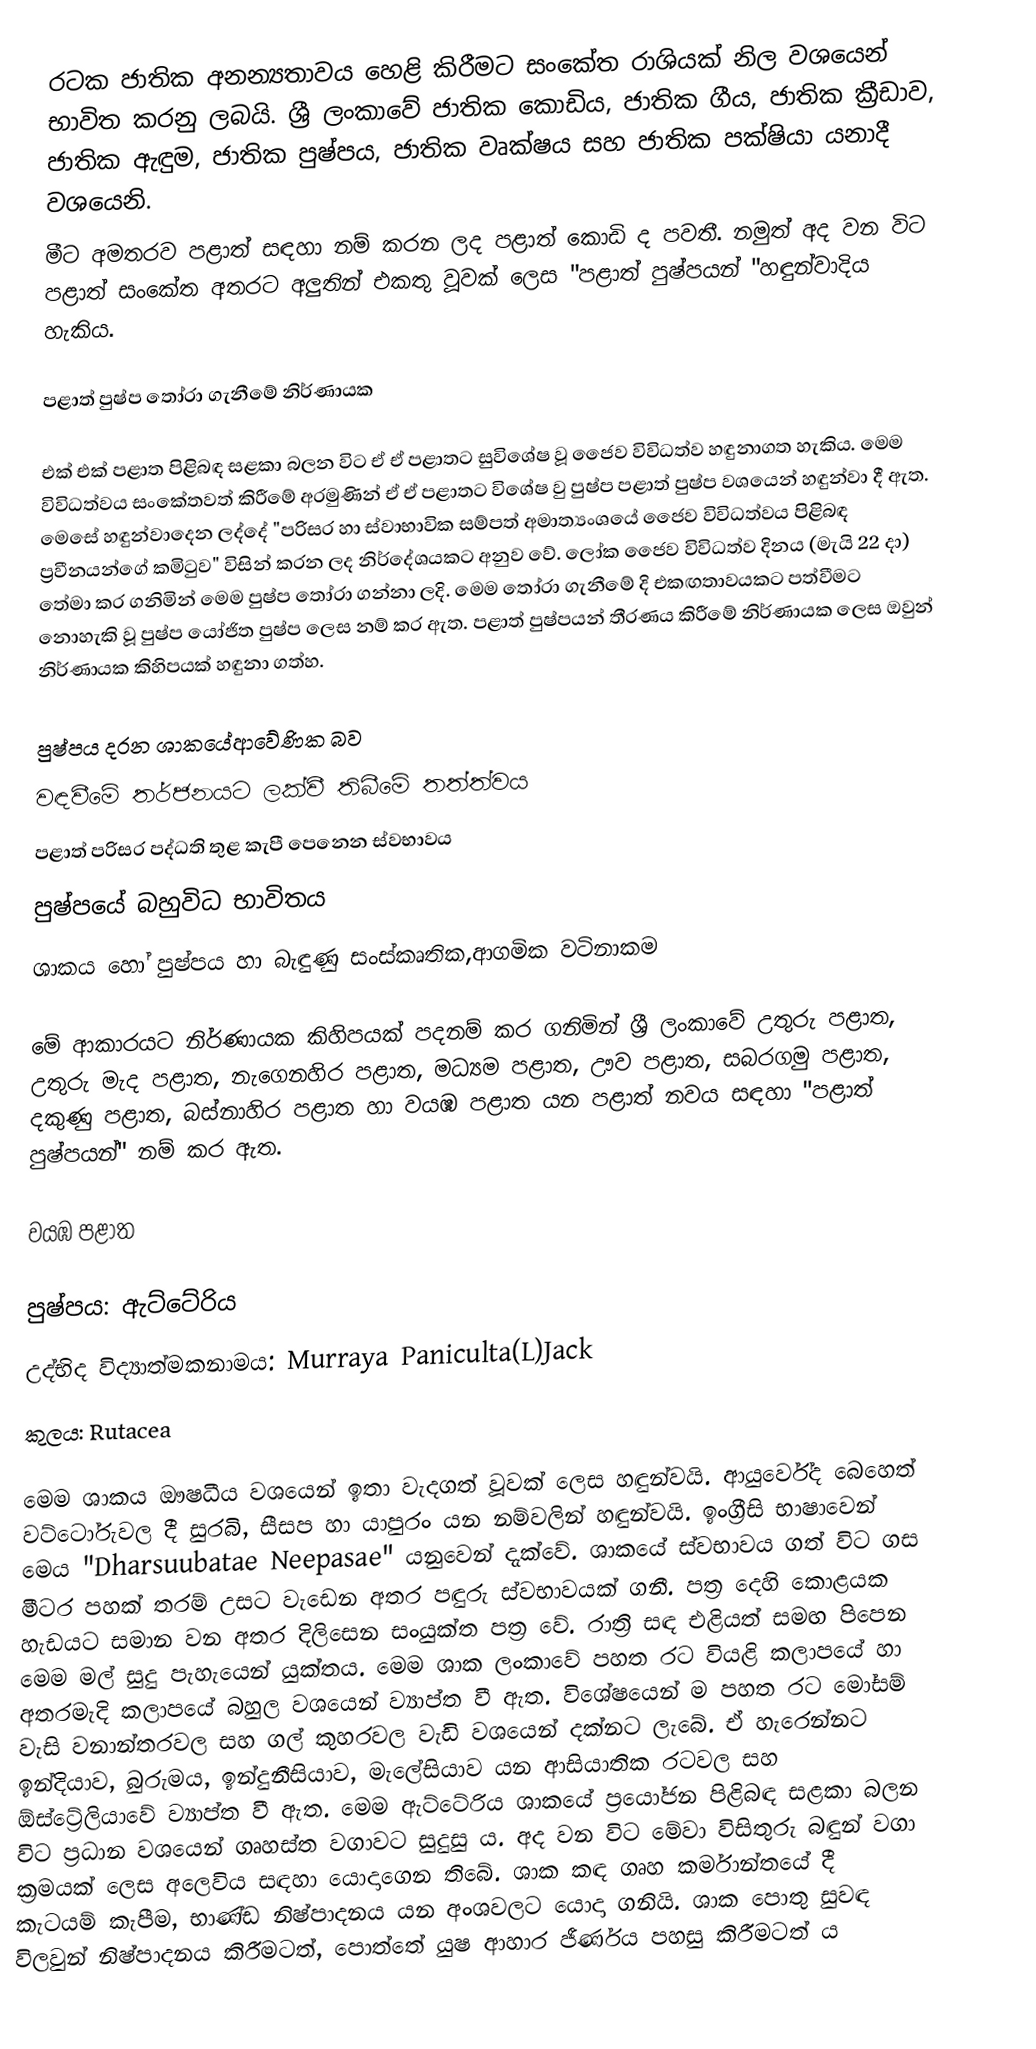
රටක ජාතික අනන්‍යතාවය හෙළි කිරීමට සංකේත රාශියක් නිල වශයෙන් භාවිත කරනු ලබයි. ශ්‍රී ලංකාවේ ජාතික කොඩිය, ජාතික ගීය, ජාතික ක්‍රීඩාව, ජාතික ඇඳුම, ජාතික පුෂ්පය, ජාතික වෘක්ෂය සහ ජාතික පක්ෂියා‍‍‍ යනාදී වශයෙනි.
මීට අමතරව පළාත් සඳහා නම් කරන ලද පළාත් කොඩි ද පවතී. නමුත් අද වන විට පළාත් සංකේත අතරට අලුතින් එකතු වූවක් ලෙස "පළාත් පුෂ්පයන් "හඳුන්වාදිය හැකිය.

පළාත් පුෂ්ප තෝරා ගැනීමේ නිර්ණායක

එක් එක් පළාත පිළිබඳ සළකා බලන විට ඒ ඒ පළාතට සුවිශේෂ වූ ජෛව විවිධත්ව හඳුනාගත හැකිය. මෙම විවිධත්වය සංකේතවත් කිරීමේ අරමුණින් ඒ ඒ පළාතට විශේෂ වු පුෂ්ප පළාත් පුෂ්ප වශයෙන් හඳුන්වා දී ඇත. මෙසේ හඳුන්වාදෙන ලද්දේ "පරිසර හා ස්වාභාවික සම්පත් අමාත්‍යංශයේ ජෛව විවිධත්වය පිළිබඳ ප්‍රවීනයන්ගේ කමිටුව" විසින් කරන ලද නිර්දේශයක‍ට අනුව වේ. ලෝක ජෛව විවිධත්ව දිනය (මැයි 22 දා) තේමා කර ගනිමින් මෙම පුෂ්ප තෝරා ගන්නා ලදි. මෙම ‍තෝරා ගැනීමේ දි එකඟතාවයකට පත්වීමට නොහැකි වූ පුෂ්ප යෝජිත පුෂ්ප ලෙස නම් කර ඇත. පළාත් පුෂ්පයන් තීරණය කිරීමේ නිර්ණායක ලෙස ඔවුන් නිර්ණායක කිහිපයක් හඳුනා ගත්හ.

 පුෂ්පය දරන ශාකයේආවේණික බව
 වඳවීමේ තර්ජනයට ලක්වී තිබීමේ තත්ත්වය
 පළාත් පරිසර පද්ධති තුළ කැපී පෙනෙන ස්වභාවය
 පුෂ්පයේ බහුවිධ භාවිතය
ශාකය හෝ පුෂ්පය හා බැඳුණු සංස්කෘතික,ආගමික වටිනාකම

මේ ආකාරයට නිර්ණායක කිහිපයක් පදනම් කර ගනිමින් ශ්‍රී ලංකාවේ උතුරු පළාත, උතුරු මැද පළාත, නැගෙනහිර පළාත, මධ්‍යම පළාත, ඌව පළාත, සබරගමු පළාත, දකුණු පළාත, බස්නාහිර පළාත හා වයඹ පළාත යන පළාත් නවය සඳහා "පළාත් පුෂ්පයන්" නම් කර ඇත.

වයඹ පළාත

පුෂ්පය:   ඇට්ටේරිය
උද්භිද විද්‍යාත්මකනාමය:  Murraya Paniculta(L)Jack
කුලය:  Rutacea

		මෙම ශාකය ඖෂධීය වශයෙන් ඉතා වැදගත් වූවක් ලෙස හඳුන්වයි. ආයුර්වේද බෙහෙත් වට්ටෝරුවල දී සුරබි, සීසප හා යාපුරං යන නම්වලින් හඳුන්වයි. ඉංග්‍රීසි භාෂාවෙන් මෙය "Dharsuubatae Neepasae" යනුවෙන් දැක්වේ. ශාකයේ ස්වභාවය ගත් විට ගස මීටර පහක් තරම් උසට වැඩෙන අතර පඳුරු ස්වභාවයක් ගනී. පත්‍ර දෙහි කොළයක හැඩයට සමාන වන අතර දිලිසෙන සංයුක්ත පත්‍ර වේ. රාත්‍රි සඳ එළියත් සමඟ පිපෙන මෙම මල් සුදු පැහැයෙන් යුක්තය. මෙම ශාක ලංකාවේ පහත රට වියළි කලාපයේ හා අතරමැදි කලාපයේ බහුල වශයෙන් ව්‍යාප්ත වී ඇත. වි‍ශේෂයෙන් ම පහත රට මෝසම් වැසි වනාන්තරවල සහ ගල් කුහරවල වැඩි වශයෙන් දක්නට ලැබේ. ඒ හැරෙන්නට ඉන්දියාව, බුරුමය, ඉන්දුනීසියාව, මැලේසියාව යන ආසියාතික රටවල සහ ඕස්ට්‍රේලියාවේ ව්‍යාප්ත වී ඇත. මෙම ඇට්ටේරිය ශාකයේ ප්‍රයෝජන පිළිබඳ සළකා බලන විට ප්‍රධාන වශයෙන් ගෘහස්ත වගාවට සුදුසු ය. අද වන විට මේවා විසිතුරු බඳුන් වගා ක්‍රමයක් ලෙස අලෙවිය සඳහා යොදාගෙන ති‍බේ. ශාක කඳ ගෘහ කර්මාන්තයේ දී කැටයම් කැපීම, භාණ්ඩ නිෂ්පාදනය  යන අංශවලට යොදා ගනියි. ශාක පොතු සුවඳ විලවුන් නිෂ්පාදනය කිරීමටත්, පොත්තේ යුෂ ආහාර ජීර්ණය පහසු කිරීමටත් ය